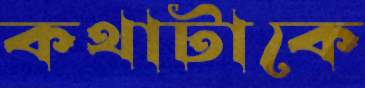
কথাটাকে